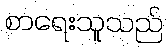
စာရေးသူသည်